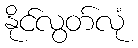
နိုင်လွတ်လုံ